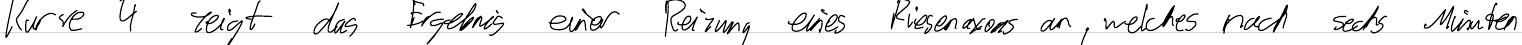
Kurve 4 zeigt das Ergebnis einer Reizung eines Riesenaxons an, welches nach sechs Minuten